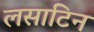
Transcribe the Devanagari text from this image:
लसाटिन